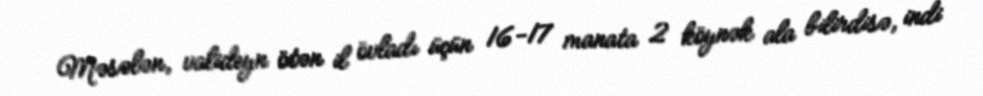
Məsələn, valideyn ötən il övladı üçün 16-17 manata 2 köynək ala bilirdisə, indi